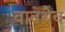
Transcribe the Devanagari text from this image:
वातथैव